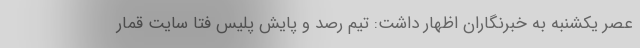
عصر یکشنبه به خبرنگاران اظهار داشت: تیم رصد و پایش پلیس فتا سایت قمار